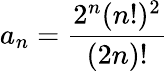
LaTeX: a_{n}=\frac{2^{n}(n!)^{2}}{(2n)!}